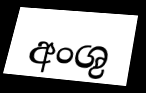
අංශු